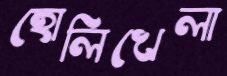
হোলিখেলা